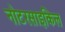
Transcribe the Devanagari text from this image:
नोटरसाइकिल